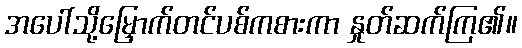
အပေါ်သို့မြှောက်တင်ပစ်ကစားကာ နှုတ်ဆက်ကြ၏။